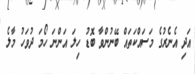
އަދި އެނެރުގެ މަސައްކަތައް ބޭނުންވާ ބޮޑު ހިލަ އަންނަ ހޯމަ ދުވަހު މާލެ